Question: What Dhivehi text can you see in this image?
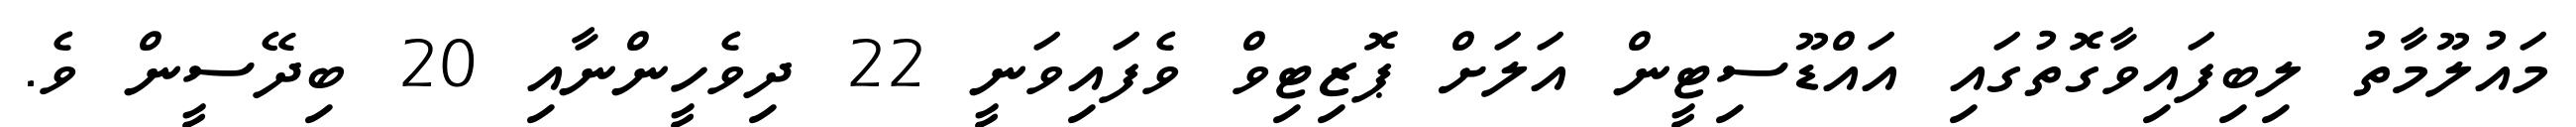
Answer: މައުލޫމާތު ލިބިފައިވާގޮތުގައި އައްޑޫސިޓީން އަލަށް ޕޮޒިޓިވް ވެފައިވަނީ 22 ދިވެހީންނާއި 20 ބިދޭސީން ވެ.